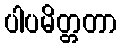
ပါပမိတ္တတာ